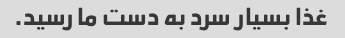
غذا بسیار سرد به دست ما رسید.